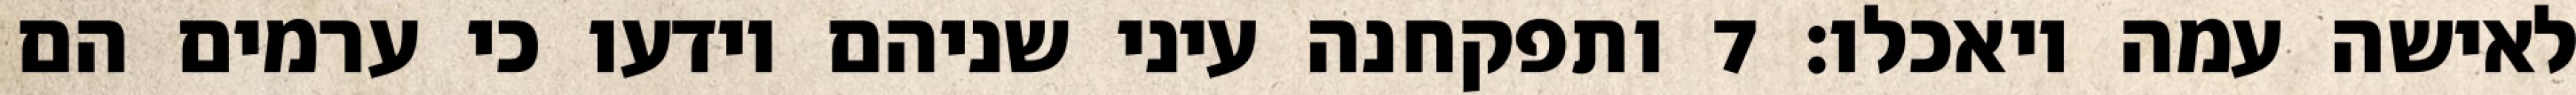
לאישה עמה ויאכלו׃ ‎7‏ ותפקחנה עיני שניהם וידעו כי ערמים הם